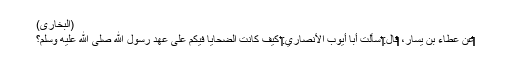
(البخاری)
‏‏‏‏‏‏عَنْ عَطَاءِ بْنِ يَسَارٍ، ‏‏‏‏‏‏قَالَ:‏‏‏‏ سَأَلْتُ أَبَا أَيُّوبَ الْأَنْصَارِيَّ:‏‏‏‏ كَيْفَ كَانَتِ الضَّحَايَا فِيكُمْ عَلَى عَهْدِ رَسُولِ اللَّهِ صَلَّى اللَّهُ عَلَيْهِ وَسَلَّمَ؟